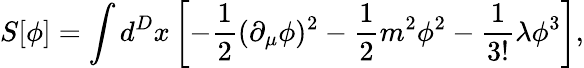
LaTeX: S[\phi]=\int d^{D}x\left[-{\frac{1}{2}}(\partial_{\mu}\phi)^{2}-{\frac{1}{2}}m^{2}\phi^{2}-{\frac{1}{3!}}\lambda\phi^{3}\right],